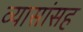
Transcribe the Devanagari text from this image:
व्यासांसह